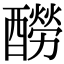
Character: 𨣃